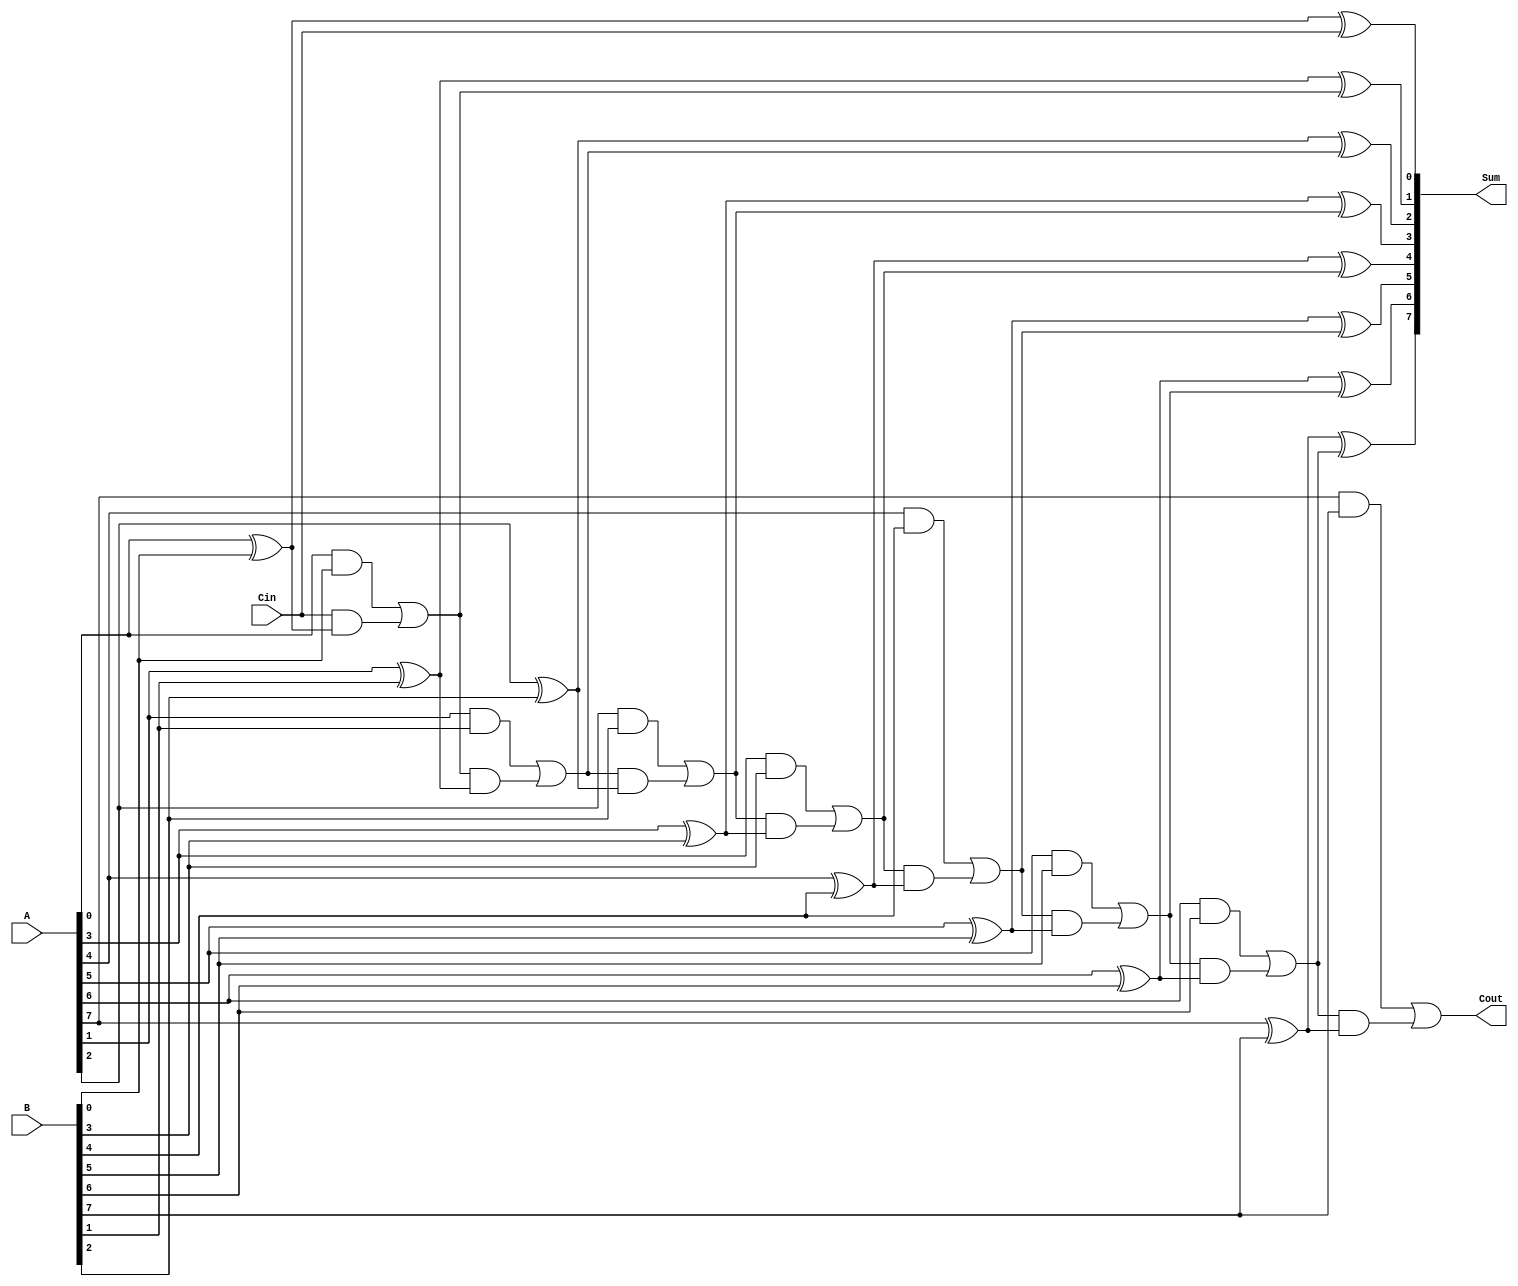
module ManchesterCarryChainAdder #(
    parameter N = 8 // Bit-width of the adder
)(
    input  wire [N-1:0] A,     // First n-bit input
    input  wire [N-1:0] B,     // Second n-bit input
    input  wire Cin,            // Carry-in
    output wire [N-1:0] Sum,    // n-bit Sum output
    output wire Cout            // Carry-out
);

    wire [N:0] carry; // Carry signals, with an extra bit for carry-out

    // Generate carry signals
    assign carry[0] = Cin; // Initial carry-in

    genvar i;
    generate
        for (i = 0; i < N; i = i + 1) begin : carry_gen
            assign carry[i + 1] = (A[i] & B[i]) | (carry[i] & (A[i] ^ B[i]));
        end
    endgenerate

    // Calculate sum bits
    generate
        for (i = 0; i < N; i = i + 1) begin : sum_calc
            assign Sum[i] = A[i] ^ B[i] ^ carry[i];
        end
    endgenerate

    // Carry-out is the last carry signal
    assign Cout = carry[N];

endmodule